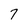
Character: 7